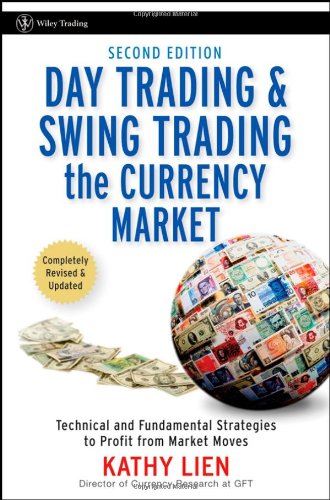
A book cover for Day Trading and Swing Trading the Currency Market: Technical and Fundamental Strategies to Profit from Market Moves; Kathy Lien; Business & Money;